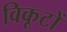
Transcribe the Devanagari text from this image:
विकूटों